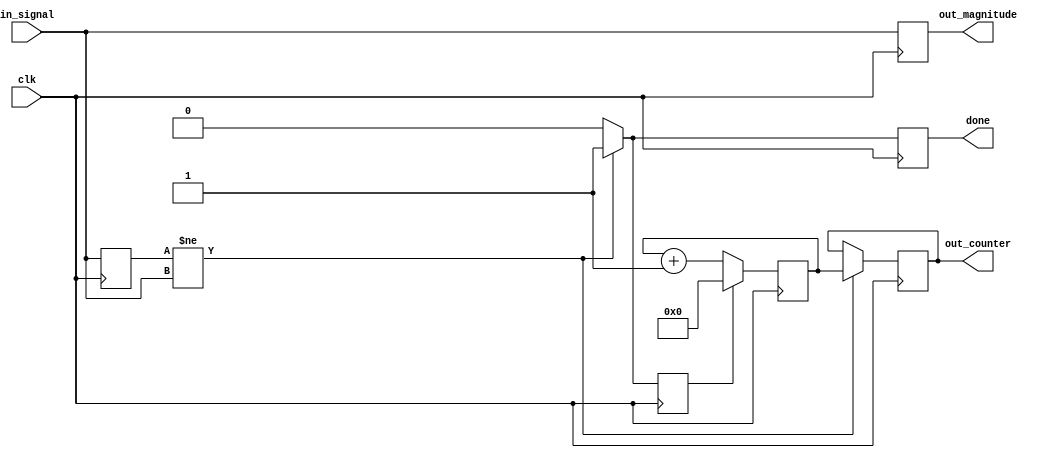
module freq_det(
    input               clk,			
    input       [7:0]   in_signal,		// signal to be detected	
	output  reg [9:0]   out_counter,   // output counter value
	output  reg         done,   
	output  reg [7:0]   out_magnitude
);

reg	[9:0]	counter = 0;
// register for the counter outputs 
// register previous level of the pwm signal
reg	[7:0]	previous_level = 0;
reg reset_counter = 0;

// counting half period duration of the input signal ( signal is 50% duty cycle )
always @ (posedge clk)	begin
	if (reset_counter) begin
		counter <= 0;			
	end	
	else begin
		counter = counter + 1;
	end		
end

// registering previous level
always  @ (posedge clk) begin	
	previous_level <= in_signal;
	out_magnitude <= in_signal;
end

// registering counter output when signal changes level, then reset counter 
always @ (posedge clk)	begin
	if ( previous_level != in_signal ) begin 
		out_counter <= counter;		
		reset_counter <= 1;
		done <= 1;
	end	
	else begin
		out_counter <= out_counter;		
		reset_counter <= 0; 
		done <= 0;
	end
end

endmodule